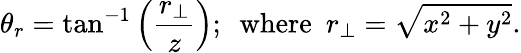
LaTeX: \theta_{r}=\tan^{-1}\left(\frac{r_{\perp}}{z}\right);\, \, \, {\textrm{where}}\, \, \, r_{\perp}=\sqrt{x^{2}+y^{2}}.